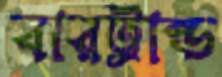
বারট্রান্ড